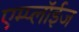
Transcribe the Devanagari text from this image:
एम्प्लॉईज